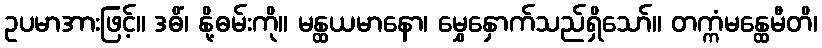
ဥပမာအားဖြင့်။ ဒဓိံ၊ နို့ဓမ်းကို။ မန္ထယမာနော၊ မွှေနှောက်သည်ရှိသော်။ တက္ကံမန္ထေမီတိ၊